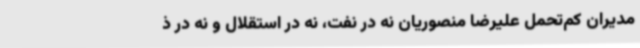
مدیران کم‌تحمل علیرضا منصوریان نه در نفت، نه در استقلال و نه در ذ